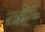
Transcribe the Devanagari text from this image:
नॅट